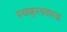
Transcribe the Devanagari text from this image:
स्वकुलतारक